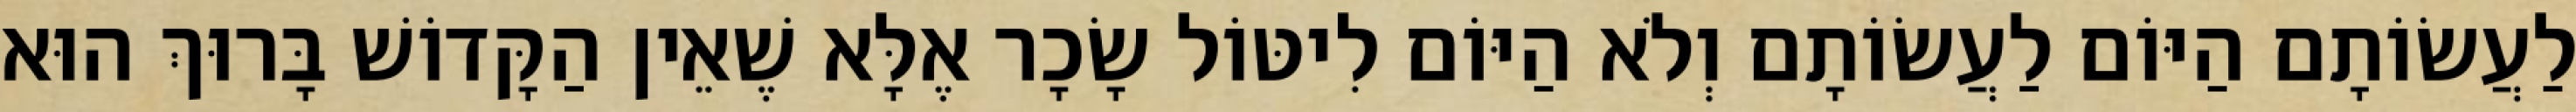
לַעֲשׂוֹתָם הַיּוֹם לַעֲשׂוֹתָם וְלֹא הַיּוֹם לִיטּוֹל שָׂכָר אֶלָּא שֶׁאֵין הַקָּדוֹשׁ בָּרוּךְ הוּא